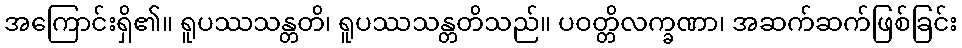
အကြောင်းရှိ၏။ ရူပဿသန္တတိ၊ ရူပဿသန္တတိသည်။ ပဝတ္တိလက္ခဏာ၊ အဆက်ဆက်ဖြစ်ခြင်း